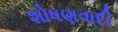
શોષણવાદી